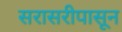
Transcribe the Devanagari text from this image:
सरासरीपासून